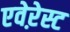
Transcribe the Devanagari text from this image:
एवेऱेस्ट